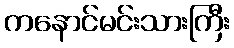
ကနောင်မင်းသားကြီး